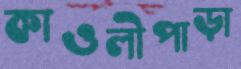
কাওলীপাড়া